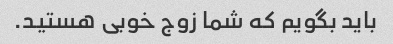
باید بگویم که شما زوج خوبی هستید.